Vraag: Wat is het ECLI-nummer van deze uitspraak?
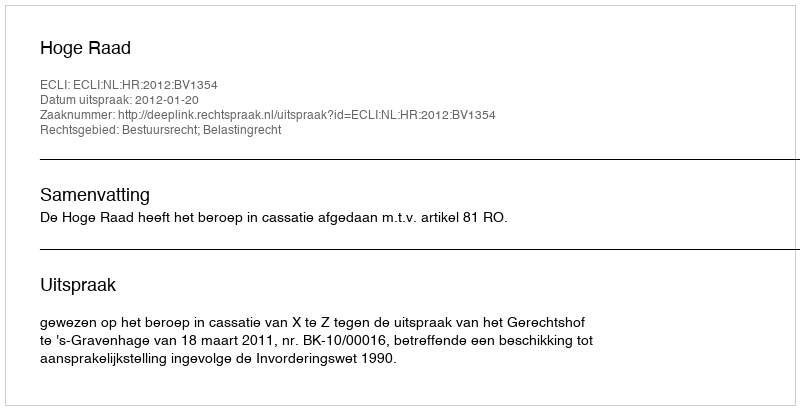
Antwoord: ECLI:NL:HR:2012:BV1354